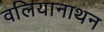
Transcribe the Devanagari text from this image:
वलियानाथन